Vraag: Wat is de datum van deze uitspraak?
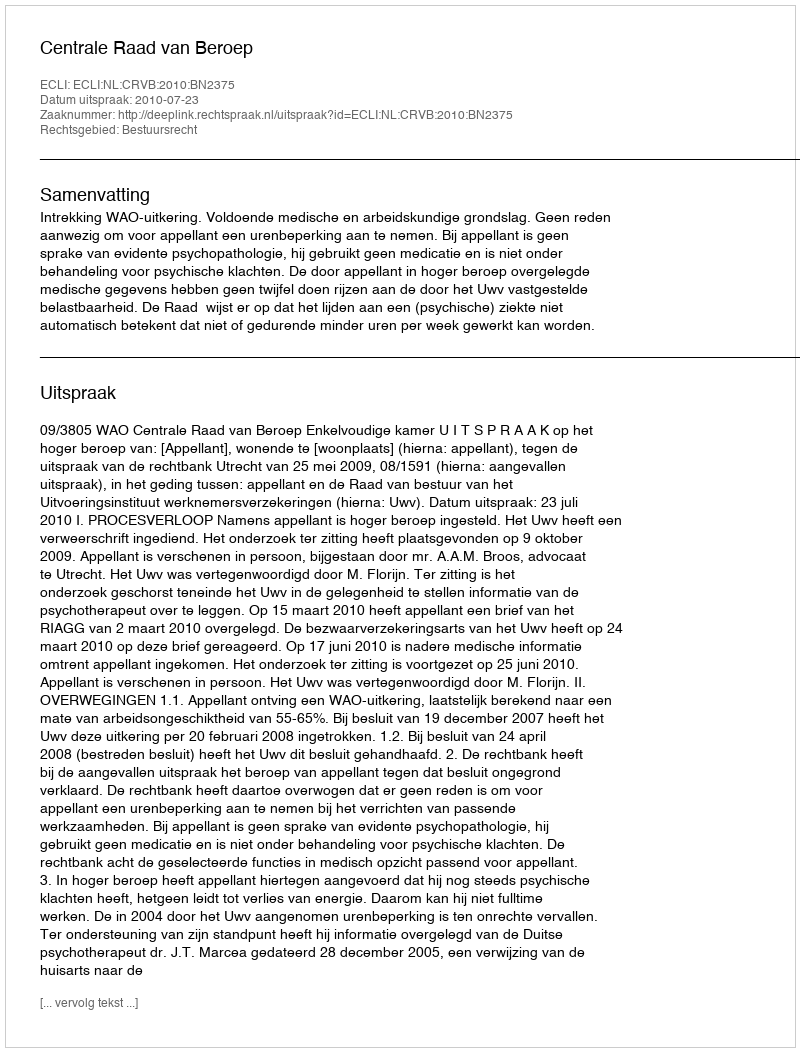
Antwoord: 2010-07-23